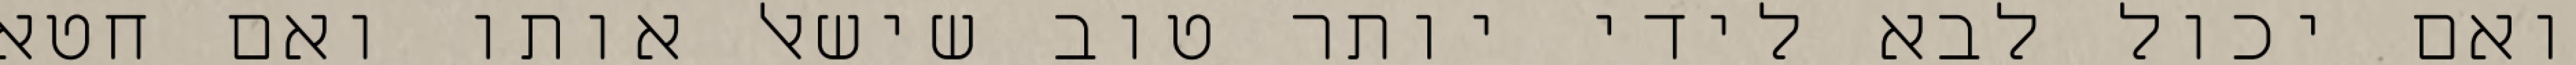
ואם יכול לבא לידי יותר טוב שישאל אותו ואם חטא